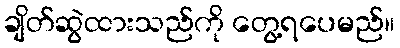
ချိတ်ဆွဲထားသည်ကို တွေ့ရပေမည်။